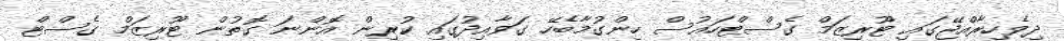
ދިވެހިރާއްޖޭގައި ޓޫރިޒަމް ގެސްޓްހައުސް ހިންގުމާބެހޭ ގަވާއިދުގައި ކުރިން އޮންނަ ގޮތުން ޓޫރިޒަމް ގެސްޓް